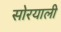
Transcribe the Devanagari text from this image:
सोरयाली